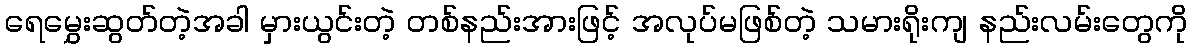
ရေမွှေးဆွတ်တဲ့အခါ မှားယွင်းတဲ့ တစ်နည်းအားဖြင့် အလုပ်မဖြစ်တဲ့ သမားရိုးကျ နည်းလမ်းတွေကို